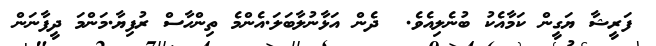
ފަރީޝާ ޔަގީން ކަމާއެކު ބުނެލިއެވެ.  ދެން އަޅާނުލާބަލަ.އެންމެ ތިންހާސް ރުފިޔާ.މަންމަ ދީފާނަން